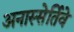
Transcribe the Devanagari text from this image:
अनास्सेर्तिवे